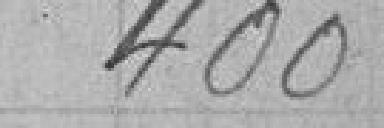
400